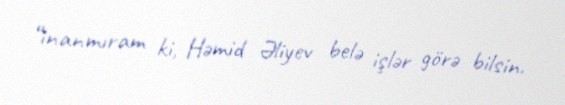
“inanmıram ki, Həmid Əliyev belə işlər görə bilsin.